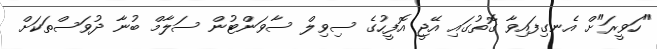
"ހަވީރަ"ށް އެނގިފައިވާ ގޮތުގައި އޭޖީ އޮފީހުގެ ސިވިލް ސާވަންޓުން ސަލާމް ބުނާ ދުވަސްތަކަށް